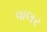
વાલર